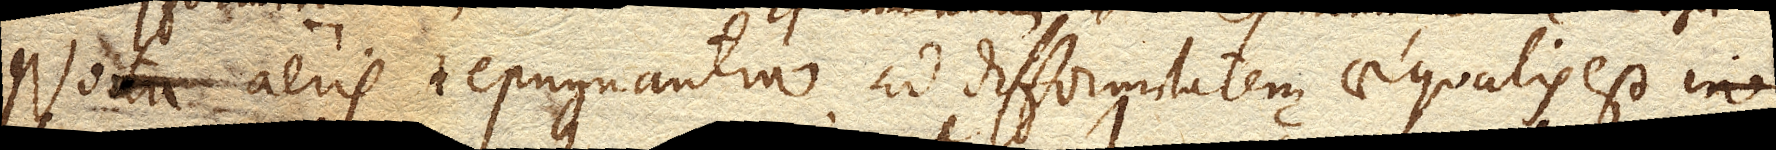
Nota aeris repugnantia ad difformitatem aequalis est